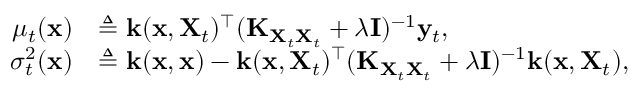
\begin{array} { r l } { \mu _ { t } ( \mathbf { x } ) } & { \triangleq \mathbf { k } ( \mathbf { x } , \mathbf { X } _ { t } ) ^ { \top } ( \mathbf { K } _ { \mathbf { X } _ { t } \mathbf { X } _ { t } } + \lambda \mathbf { I } ) ^ { - 1 } \mathbf { y } _ { t } , } \\ { \sigma _ { t } ^ { 2 } ( \mathbf { x } ) } & { \triangleq \mathbf { k } ( \mathbf { x } , \mathbf { x } ) - \mathbf { k } ( \mathbf { x } , \mathbf { X } _ { t } ) ^ { \top } ( \mathbf { K } _ { \mathbf { X } _ { t } \mathbf { X } _ { t } } + \lambda \mathbf { I } ) ^ { - 1 } \mathbf { k } ( \mathbf { x } , \mathbf { X } _ { t } ) , } \end{array}